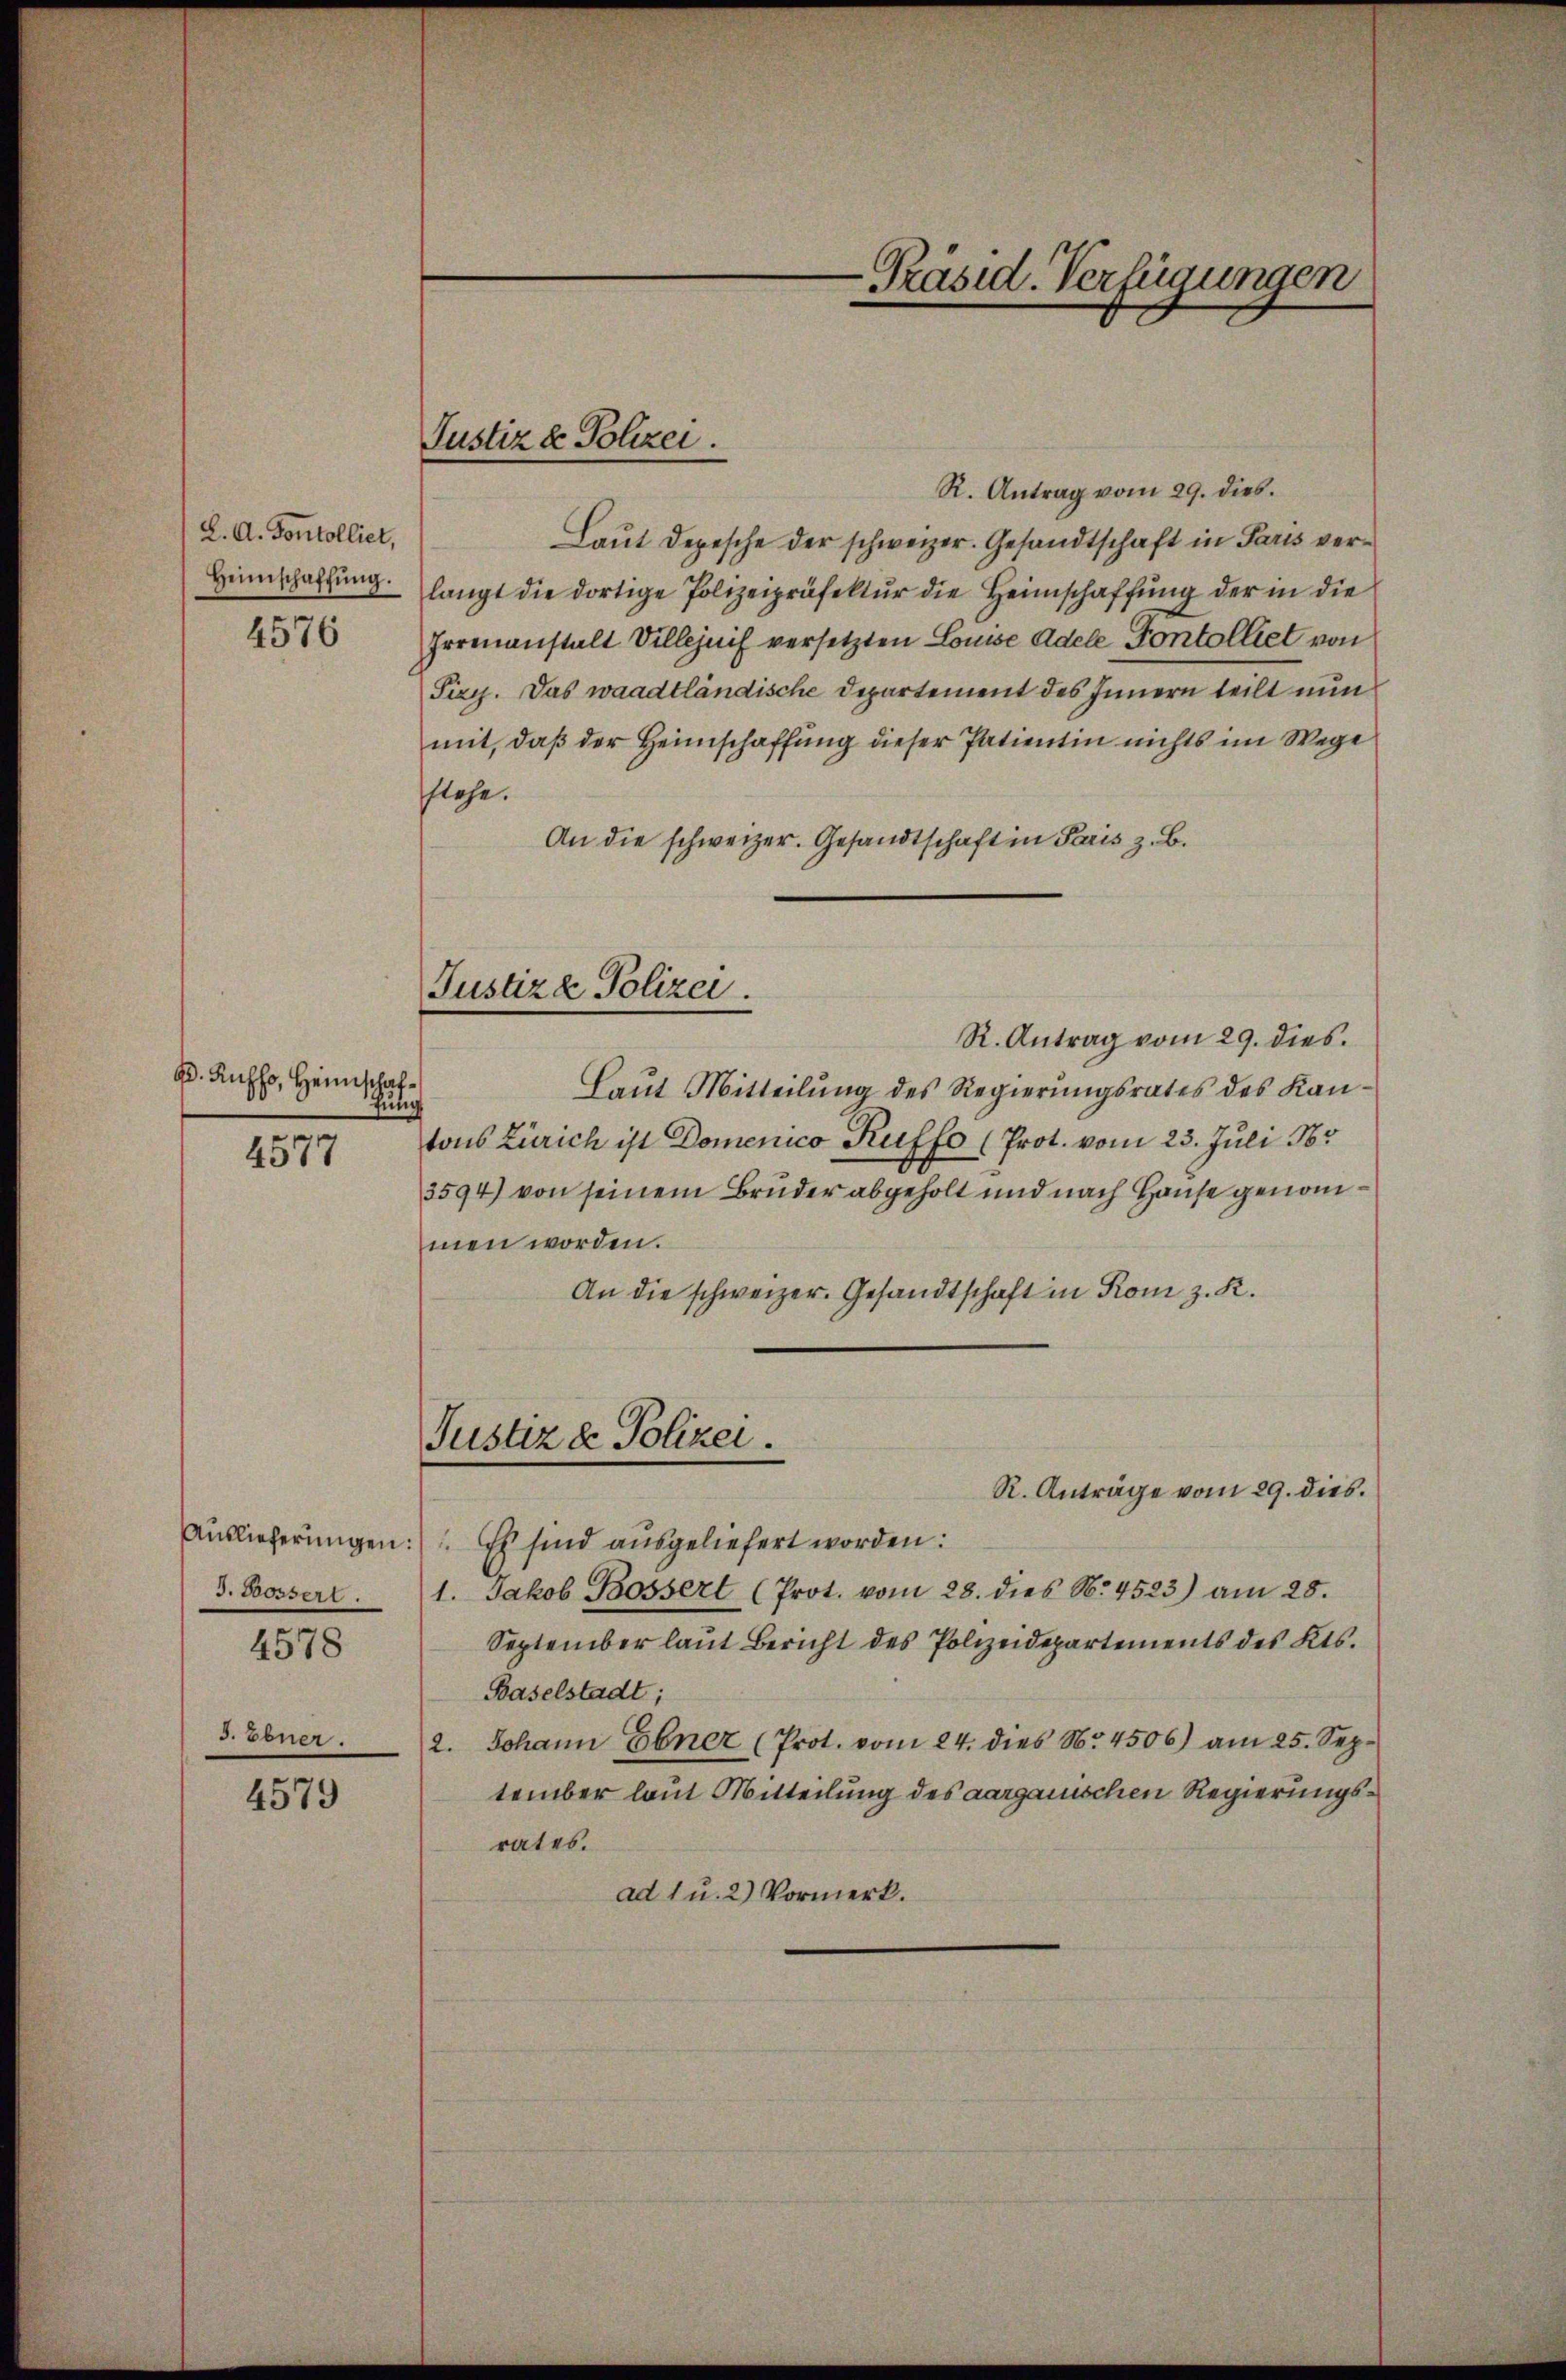
L. A. Vontolliet,
Heimschaffŭng.

4576

D. Ruffs, Heimschaffülich
4577

J. Bossert.
4578
S. Ebner.

4579

Justiz & Polizei.

Justiza Polizei.

-Präsid. Verfügungen

R. Antrag vom 29. dies.
Laut Depesche der schweizer. Gesandtschaft in Paris verlangt die dortige Polizeipräfektŭr die Heimschaffŭng der in die
Irrenanstalt Villejnif versetzten Louise Adele Pontolliet von
Pizy. Das waadtländische Departement des Innern teilt nun
mit, daß der Heimschaffung dieser Patientin nichts im Wege
stehe.
An die schweizer. Gesandtschaft in Paris z. B.
R. Antrag vom 29. dies.
Laut Mitteilung des Regierungsrates des Kantons Zürich ist Domenico Ruffo (Prot. vom 23. Juli 185
3594) von seinem Bruder abgeholt und nach Hause genommen worden.
An die schweizer. Gesandtschaft in Rom z. R.
Justiz & Polizei.
R. Anträge vom 29. dies
Auslieferungen: Es sind ausgeliefert worden:
1. Jakob Bossert (Prot. vom 28. dies N. 4523) am 25.
September laut Bericht des Polizeidepartements des Kts.
Baselstadt;
2. Johann Ebner (Prot. vom 24. dies No. 4506) am 25. September laut Mitteilung des aargauischen Regierungsrates.
ad 1 u. 2) Vormerk.